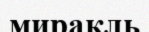
миракль